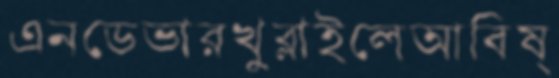
এনডেভারখুব্‌লাইলেআবিষ্